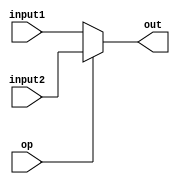
`timescale 1ns / 1ps
//////////////////////////////////////////////////////////////////////////////////
// Company: 
// Engineer: 
// 
// Design Name: 
// Module Name:    Mux_5 
// Project Name: 
// Target Devices: 
// Tool versions: 
// Description: 
//
// Dependencies: 
//
// Revision: 
// Revision 0.01 - File Created
// Additional Comments: 
//
//////////////////////////////////////////////////////////////////////////////////
module Mux_5(input1, input2, op, out);
	input [4:0] input1, input2;
	input op;
	output [4:0] out;
	
	assign out = op == 0 ? input1 : input2;

endmodule